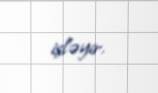
işləyir.